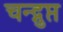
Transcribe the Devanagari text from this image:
चन्द्गुप्त